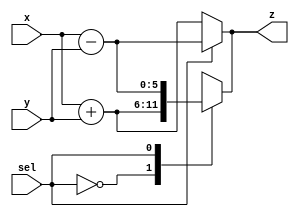
module addSubNbits2 
# (parameter N = 4)
(
    input wire [N:0] x,
    input wire [N:0] y,
    input sel,
    output reg [N+1:0] z
);

always @(*) 
begin
    if (sel==0) 
        z = {1'b0, x} + {1'b0, y};
    else
        z = {1'b0, x} - {1'b0, y};        
end

always @(*)
begin
    case(sel)
        1'b0: z = {1'b0, x} + {1'b0, y};
        1'b1: z = {1'b0, x} - {1'b0, y};
        default: z = 0; 
    endcase
end

endmodule